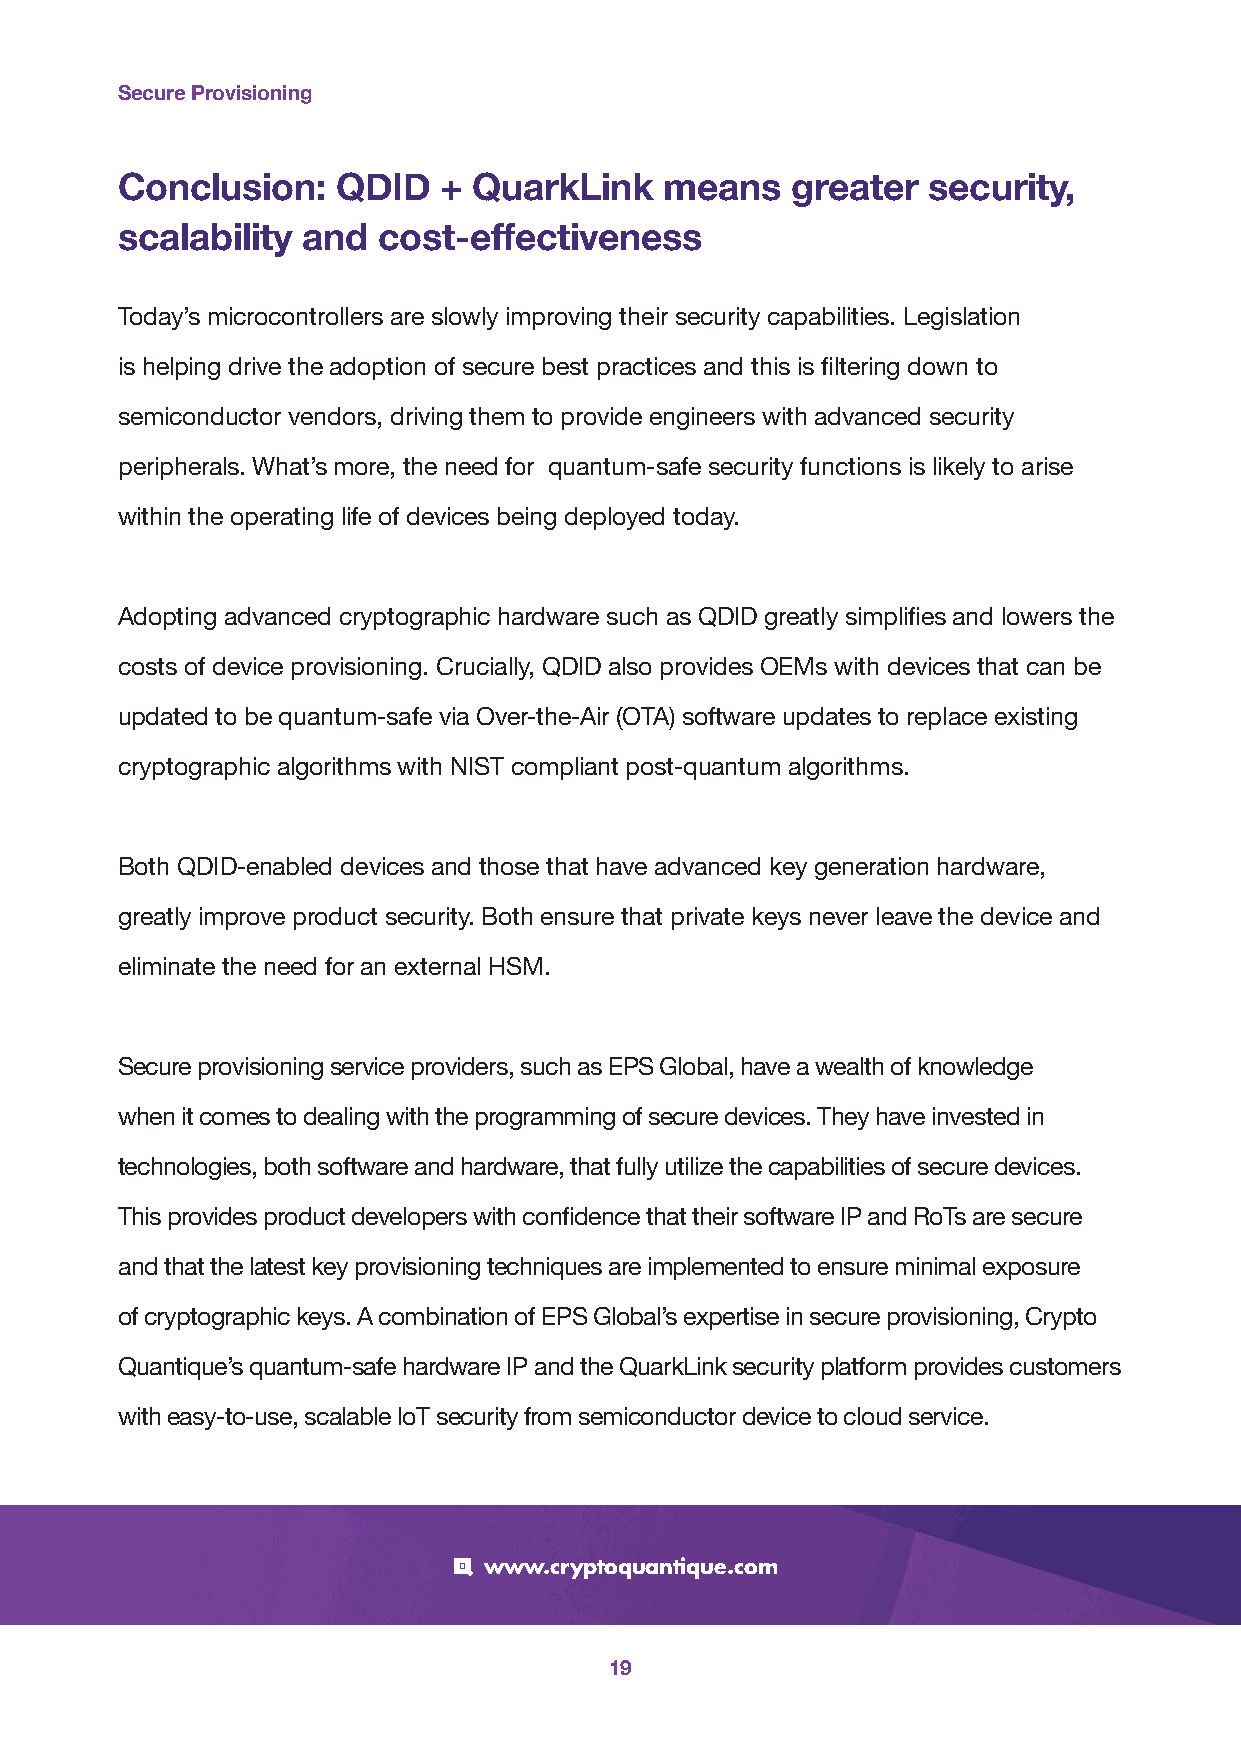
Secure Provisioning
 Conclusion:   QDID   + QuarkLink    means   greater  security,
 scalability and  cost-effectiveness
 Today’s microcontrollers are slowly improving their security capabilities. Legislation
 is helping drive the adoption of secure best practices and this is filtering down to
 semiconductor vendors, driving them to provide engineers with advanced security
 peripherals. What’s more, the need for quantum-safe security functions is likely to arise
 within the operating life of devices being deployed today.
 Adopting advanced cryptographic hardware such as QDID greatly simplifies and lowers the
 costs of device provisioning. Crucially, QDID also provides OEMs with devices that can be
 updated to be quantum-safe via Over-the-Air (OTA) software updates to replace existing
 cryptographic algorithms with NIST compliant post-quantum algorithms.
 Both QDID-enabled devices and those that have advanced key generation hardware,
 greatly improve product security. Both ensure that private keys never leave the device and
 eliminate the need for an external HSM.
 Secure provisioning service providers, such as EPS Global, have a wealth of knowledge
 when it comes to dealing with the programming of secure devices. They have invested in
 technologies, both software and hardware, that fully utilize the capabilities of secure devices.
 This provides product developers with confidence that their software IP and RoTs are secure
 and that the latest key provisioning techniques are implemented to ensure minimal exposure
 of cryptographic keys. A combination of EPS Global’s expertise in secure provisioning, Crypto
 Quantique’s quantum-safe hardware IP and the QuarkLink security platform provides customers
 with easy-to-use, scalable IoT security from semiconductor device to cloud service.
 www.cryptoquantique.com
 19